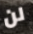
لن